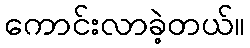
ကောင်းလာခဲ့တယ်။